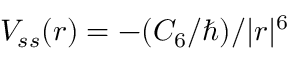
V _ { s s } ( r ) = - ( C _ { 6 } / \hbar ) / | r | ^ { 6 }